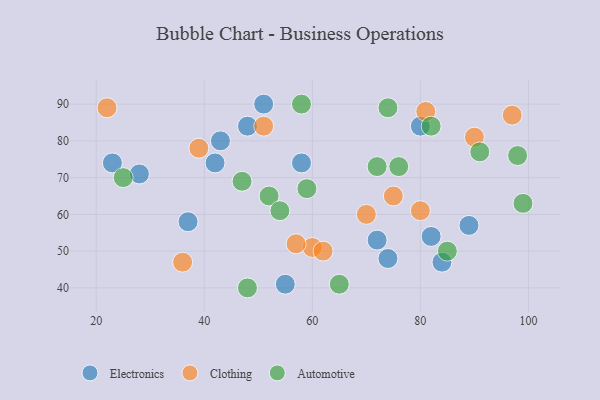
{"axis": {"x": "GDP", "y": "Life Expectancy"}, "legend": ["Automotive", "Clothing", "Electronics"], "data": [{"x": "42", "y": 74, "type": "Electronics"}, {"x": "28", "y": 71, "type": "Electronics"}, {"x": "84", "y": 47, "type": "Electronics"}, {"x": "58", "y": 74, "type": "Electronics"}, {"x": "37", "y": 58, "type": "Electronics"}, {"x": "23", "y": 74, "type": "Electronics"}, {"x": "51", "y": 90, "type": "Electronics"}, {"x": "80", "y": 84, "type": "Electronics"}, {"x": "55", "y": 41, "type": "Electronics"}, {"x": "48", "y": 84, "type": "Electronics"}, {"x": "72", "y": 53, "type": "Electronics"}, {"x": "82", "y": 54, "type": "Electronics"}, {"x": "74", "y": 48, "type": "Electronics"}, {"x": "89", "y": 57, "type": "Electronics"}, {"x": "43", "y": 80, "type": "Electronics"}, {"x": "75", "y": 65, "type": "Clothing"}, {"x": "60", "y": 51, "type": "Clothing"}, {"x": "90", "y": 81, "type": "Clothing"}, {"x": "97", "y": 87, "type": "Clothing"}, {"x": "80", "y": 61, "type": "Clothing"}, {"x": "70", "y": 60, "type": "Clothing"}, {"x": "36", "y": 47, "type": "Clothing"}, {"x": "22", "y": 89, "type": "Clothing"}, {"x": "39", "y": 78, "type": "Clothing"}, {"x": "51", "y": 84, "type": "Clothing"}, {"x": "81", "y": 88, "type": "Clothing"}, {"x": "57", "y": 52, "type": "Clothing"}, {"x": "62", "y": 50, "type": "Clothing"}, {"x": "72", "y": 73, "type": "Automotive"}, {"x": "48", "y": 40, "type": "Automotive"}, {"x": "65", "y": 41, "type": "Automotive"}, {"x": "52", "y": 65, "type": "Automotive"}, {"x": "98", "y": 76, "type": "Automotive"}, {"x": "47", "y": 69, "type": "Automotive"}, {"x": "85", "y": 50, "type": "Automotive"}, {"x": "99", "y": 63, "type": "Automotive"}, {"x": "82", "y": 84, "type": "Automotive"}, {"x": "59", "y": 67, "type": "Automotive"}, {"x": "76", "y": 73, "type": "Automotive"}, {"x": "58", "y": 90, "type": "Automotive"}, {"x": "74", "y": 89, "type": "Automotive"}, {"x": "54", "y": 61, "type": "Automotive"}, {"x": "25", "y": 70, "type": "Automotive"}, {"x": "91", "y": 77, "type": "Automotive"}]}